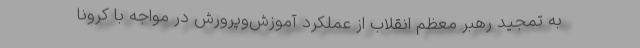
به تمجید رهبر معظم انقلاب از عملکرد آموزش‌وپرورش در مواجه با کرونا